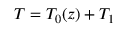
T = T _ { 0 } ( z ) + T _ { 1 }